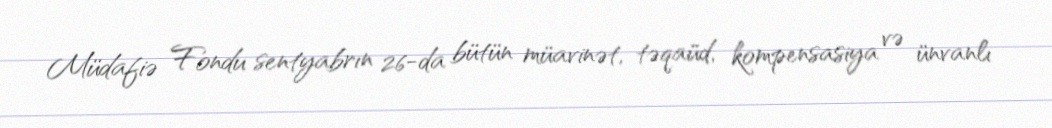
Müdafiə Fondu sentyabrın 26-da bütün müavinət, təqaüd, kompensasiya və ünvanlı